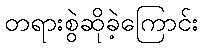
တရားစွဲဆိုခဲ့ကြောင်း